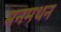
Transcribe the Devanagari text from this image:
मनमथन